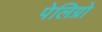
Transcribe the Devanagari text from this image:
पेलिग्रो